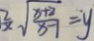
\frac { 2 } { x } \sqrt { \frac { x + 2 } { x - 1 } } = y